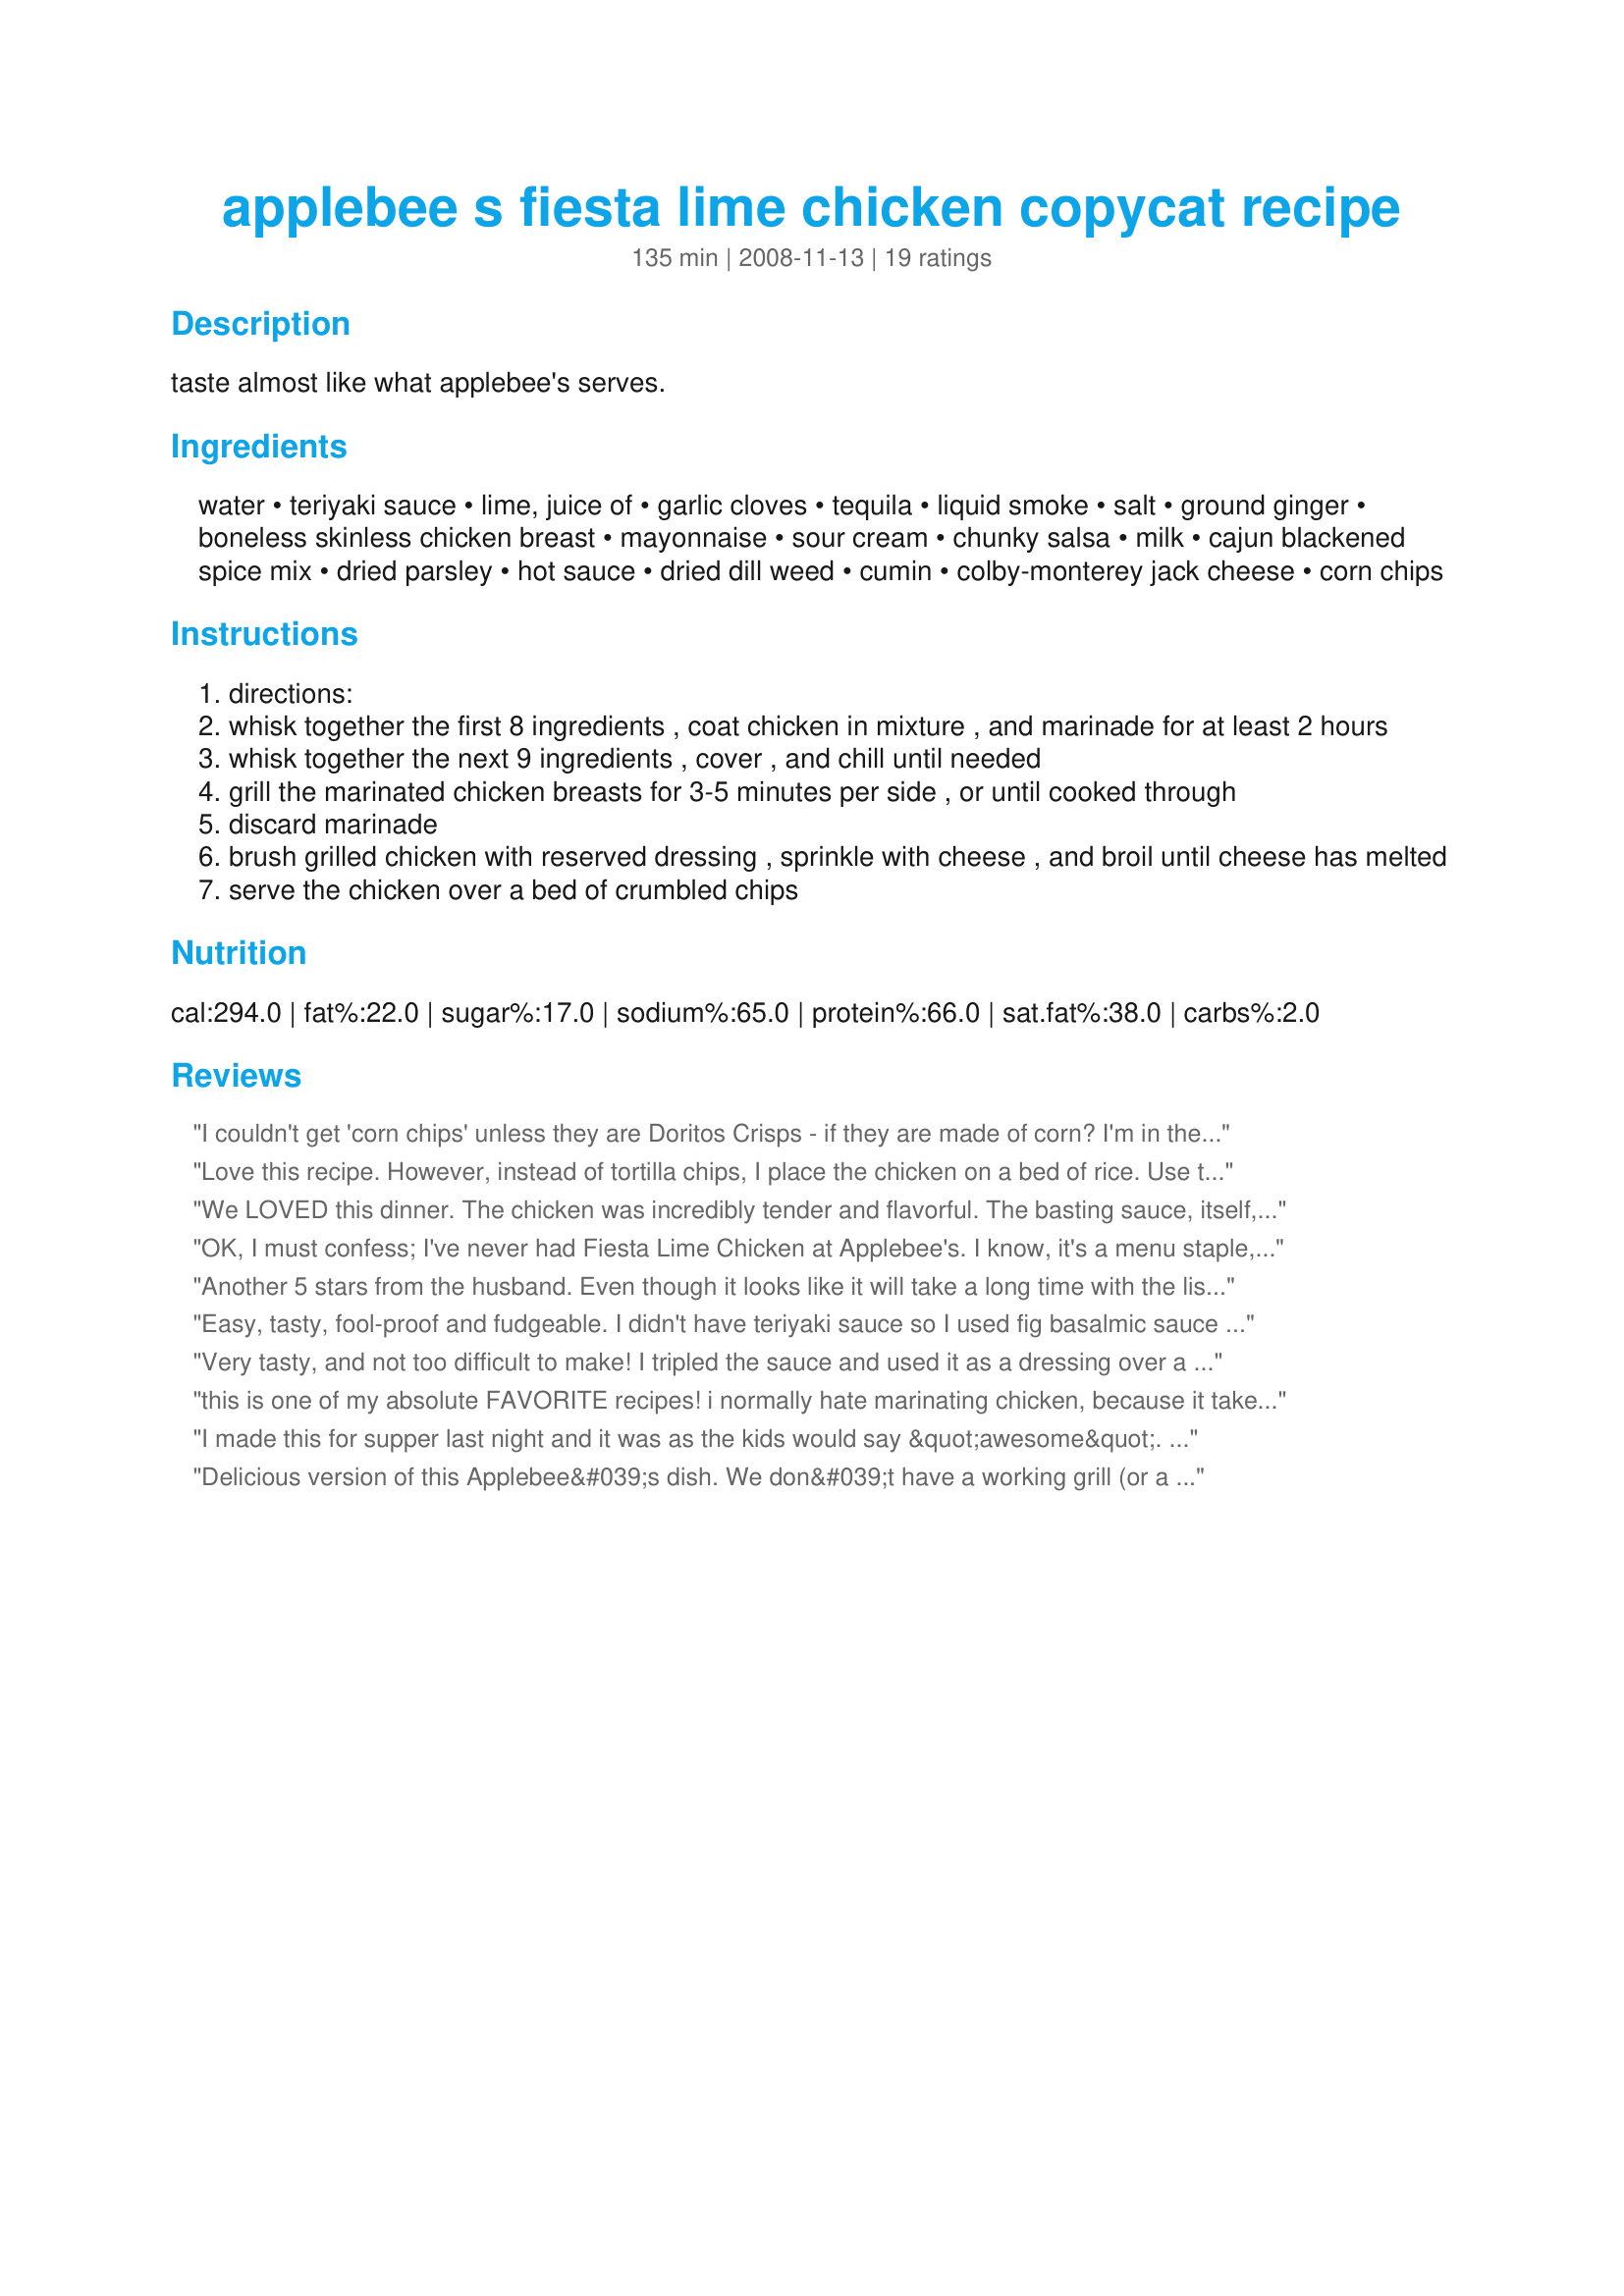
applebee s fiesta lime chicken copycat recipe
Preparation time: 135 minutes

taste almost like what applebee's serves.

Ingredients:
water, teriyaki sauce, lime, juice of, garlic cloves, tequila, liquid smoke, salt, ground ginger, boneless skinless chicken breast, mayonnaise, sour cream, chunky salsa, milk, cajun blackened spice mix, dried parsley, hot sauce, dried dill weed, cumin, colby-monterey jack cheese, corn chips

Steps:
directions:
whisk together the first 8 ingredients , coat chicken in mixture , and marinade for at least 2 hours
whisk together the next 9 ingredients , cover , and chill until needed
grill the marinated chicken breasts for 3-5 minutes per side , or until cooked through
discard marinade
brush grilled chicken with reserved dressing , sprinkle with cheese , and broil until cheese has melted
serve the chicken over a bed of crumbled chips

Reviews:
I couldn't get 'corn chips' unless they are Doritos Crisps - if they are made of corn? I'm in the UK so I used Cheese Crisps (crisps are called chips in the US). They a bit soggy as they are made from potato &amp; I don't know if corn ones would be better, would have had to go to town but it was too late to go for Doritos. Another reviewer said she cooked the chicken over rice instead of crisps, I wanted to try it, I will still try again with corn, but I am serving rice with it, as well as broccoli &amp; carrots. Can't say anything about 'copycat' as we don't have Applebee in UK. Supper looks wonderful, sauce is brilliant, yum, I delay no more...
Love this recipe. However, instead of tortilla chips, I place the chicken on a bed of rice. Use two boxes of Uncle Ben's Long Grain and Wild Rice mix (traditional) and cook per directions. While simmering, cook 1/3 Lb of Jimmy Dean's Savory Sage sausage (don't substitute any other!). When the rice is done, drain the sausage and add to the rice, stir and use as a bed for the chicken. I place it in a casserole dish with six chicken breasts on top, cover with sauce mixture, shredded cheese, bake 20 min @ 350 and finish it off in the broiler. An Awesome tweak!
We LOVED this dinner. The chicken was incredibly tender and flavorful. The basting sauce, itself, is fantastic. I could have eaten that all by itself! I was expecting 3 for dinner, so had marinated 3 chicken breasts. We ended up having 5 people for dinner. So once I took the picture of a whole chicken breast, I sliced them into strips. I then served the chicken strips over lightly dressed salad greens mixed with crumbled tortilla chips. It was a hit! Thank you. ~Made for Please Review My Recipe~
OK, I must confess; I've never had Fiesta Lime Chicken at Applebee's. I know, it's a menu staple, but I( always find something else I wanna try :). That said, I tagged this because I was intrigued, and, tho lengthy, the ingredients and instructions are on the MONEY. I marinated my chicken for almost 4 hours, and cooked on my indoor grill. I then topped with sauce mix and cheese, and put under the broiler for 5 minutes. I served over Tostito scoops, with rice, and the chicken was moist and flavorful. I'm so happy you shared this recipe, seesko, as we really enjoyed it, and I'll be making it again!
Another 5 stars from the husband. Even though it looks like it will take a long time with the list of ingredients it doesn't. Well worth doing. Thanks.
Easy, tasty, fool-proof and fudgeable. I didn't have teriyaki sauce so I used fig basalmic sauce and subbed margarita mix for the tequila and the lime amounts. Didn't have Cajun seasoning so used creole instead. No tortilla chips either. See wha I mean.....fudgeable. And it still came out fantastic! We will be making this for company coming to town soon. I will be making a double batch of the smarinade and doing several breasts just to have leftovers to slice onto salad or into a tortilla as a gourmet burrito lunch. As good as this dish is, a double batch is a must next time. We were at 1.58 lbs. with just two b/s breasts. I'm sending my sister this recipe.
Very tasty, and not too difficult to make! I tripled the sauce and used it as a dressing over a mexican salad as well. Served with Cheesy Mexican rice ... all of my family enjoyed it. (The youngest one ate the grilled chicken less sauce/cheese though). Thanks for posting; we will make this again!
this is one of my absolute FAVORITE recipes! i normally hate marinating chicken, because it takes time to plan ahead ... but it is TOTALLY worth it on this one.

oh yum! now i know what i'm making for dinner tomorrow!
I made this for supper last night and it was as the kids would say &quot;awesome&quot;. Just like I remembered it from Applebee&#039;s.. I fell in love with it there the first time I had it. It has a wonderful flavor and could be eaten with anything for an accompaniment. I had cooked some great northern beans and that&#039;s what we had with it. Along with some fresh sliced tomatoes.
Delicious version of this Applebee&#039;s dish. We don&#039;t have a working grill (or a grill pan) so I broiled the chicken on high (7 minutes, flip, 7 more minutes) before adding the sauce and cheese. Will make this again.
We made this last night and it is as close as you can get Without going to Applebee's ,thats what my son of 19 and girlfriend said,they know, because it's the only item they order there.It's a lot less expensive also.This is the first time I have it myself and have to agree as they explained the different taste that comes along with this dish, it is outstanding.I watched the Video on You Tube of what was in the dish then compared it to this one,take a look at the video then come back here and print this one!<br/> There is only one suggestion that I would make! The amount of marinade is enough for twice the amount of chicken listed here.You can easily use make 2-2 1/2 pounds of chicken instead of 1 pound!<br/> No more ordering out for Fiesta Lime Chicken at Applebee's!Thank you for listing the Copycat Recipe seesko.
I worked it out on paper , Didn't make it yet. Have done similar entrees, just different Meats; pork, beef(veal too)... ______ Did some major tweaking here.. Why liq smoke if you're grilling chicken on grill.. unless you use skillet w/ grill marks. (Btld smoke has more carcinogen than real, but real taste better.). If it's right tme of season use real parsley. Bunch tight with paper twl folded lengthwise, wrapped around parsley. W/ sharp knife mince and Lay on parchment on bake pan. Crease parchment first down ctr . When parsley done just bring sides of parchment together and direct to bowl. You can sub plain yogurt for Sr crm. Salsa: make your own day b4, add diced toms, 15oz can. (Get w/ ital seas').
Pretty close to the signature dish at Applebee&#039;s. I added a pico de gallo just before serving.
This was really good. I didn't have any blackened seasoning so I used this recipe to make some http://www.geniuskitchen.com/recipe/blackening-seasoning-mix-paul-prudhomme-297404. I also used half sweet and half smoked paprika. I used skin on bone in thighs. I served it with mixed whole grain rice instead of chips and roasted asparagus. Even my 13 year old grandson liked it.
This was really tasty, even without the tequila, which is NOT one of my best friends - (see incident at age 17). Besides that omission and halving the recipe, I made it as indicated and, well, we were HAPPY. :o) Thanks for sharing, seesko!
I have this everytime i go to Applebees. I liked this better!! I fried some tortilla strips. This was awesome!
Too much sodium for this recipe.
I tried this the last time it was presented here and it was not all that long ago. Too many recipes posted all at once that after 6 or so, I get tired of the main ingredient and close the site. Save half for another post. no?
Yum! I marinated the chicken overnight because I had something come up and couldn't make it when I had planned. My grandson loved it and all he could say was 'awesome'. Thanks so much for sharing this recipe seesko. I'll be making it again and again. Made for Best of 2010 Tag.
